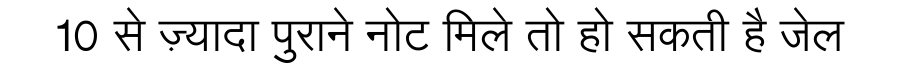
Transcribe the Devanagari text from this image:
10 से ज़्यादा पुराने नोट मिले तो हो सकती है जेल